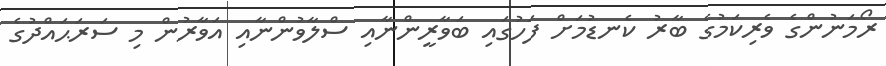
ރޯމަނުންގެ ވެރިކަމުގެ ބާރު ކެނޑުމަށް ފަހުގައި ބަވާރީންނާއި ސްލާވުންނާއި އަވާރުން މި ސަރަޙައްދުގެ